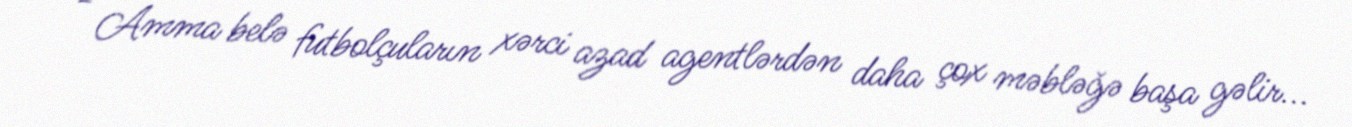
- Amma belə futbolçuların xərci azad agentlərdən daha çox məbləğə başa gəlir...